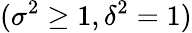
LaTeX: (\sigma^{2}\ge 1,\delta^{2}=1)